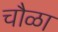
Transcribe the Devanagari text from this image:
चौळा